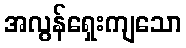
အလွန်ရှေးကျသော